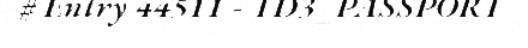
# Entry 44511 - TD3_PASSPORT